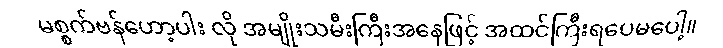
မစ္စက်ဗန်ဟော့ပါး လို အမျိုးသမီးကြီးအနေဖြင့် အထင်ကြီးရပေမပေါ့။